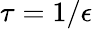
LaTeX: \tau=1/\epsilon